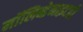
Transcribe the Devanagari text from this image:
मॉलिब्डेनाइटही